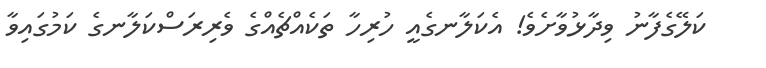
ކަލޭގެފާނު ވިދާޅުވާށެވެ! އެކަލާނގެއީ ހުރިހާ ތަކެއްޗެއްގެ ވެރިރަސްކަލާނގެ ކަމުގައިވާ